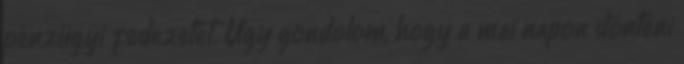
pénzügyi fedezetét. Úgy gondolom, hogy a mai napon dönteni